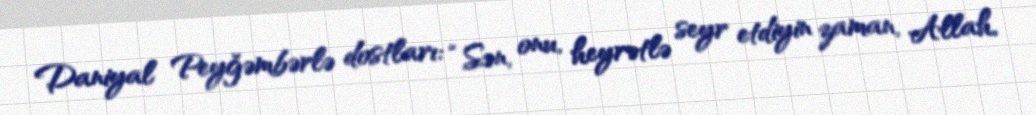
Daniyal Peyğəmbərlə dostları: “Sən, onu, heyrətlə seyr etdiyin zaman, Allah,